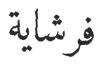
فرشاية